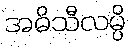
အဓိသီလမ္ပိ